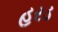
હરડ